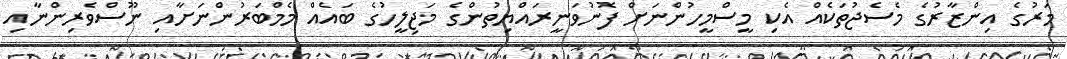
މަރުގެ އިންޒާރުގެ މެސެޖުތަކެއް އެކި މީސްމީހުންނަށް ފޮނުވަނީރައްޔިތުންގެ މަޖިލީހުގެ ބައެއް މެމްބަރުންނަށާއި ނޫސްވެރިންނާއި